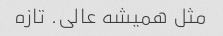
مثل همیشه عالی. تازه